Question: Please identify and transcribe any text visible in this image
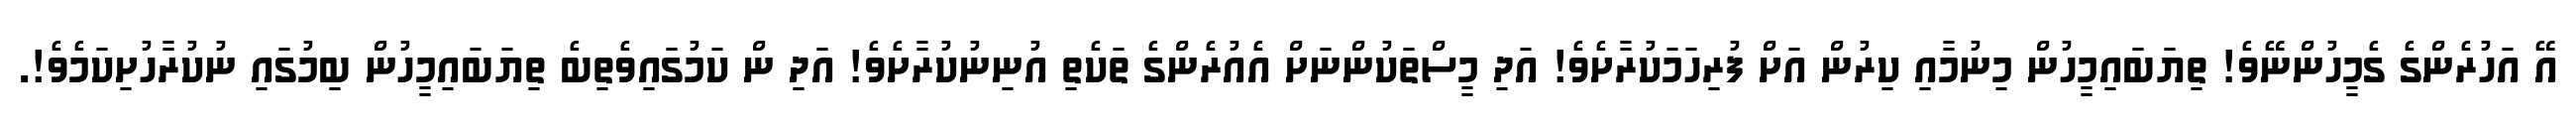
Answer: އޭ އަހުރެންގެ ގެމީހުންނޭވެ! ތިޔަބައިމީހުން މިނުމާއި ކިރުން އަށް ފުރިހަމަކުރާށެވެ! އަދި މީސްތަކުންނަށް އެއުރެންގެ ތަކެތި އުނިނުކުރާށެވެ! އަދި ން ކަމުގައިވެތިބެ ތިޔަބައިމީހުން ބިމުގައި ނުކުރާހުށިކަމެވެ!.